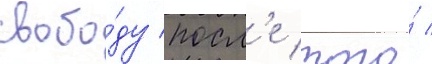
свобо́ду посл'е того́ /